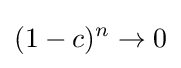
(1-c)^{n}\to 0